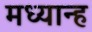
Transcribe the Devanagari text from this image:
मध्‍यान्‍ह